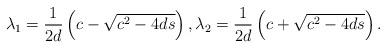
LaTeX: \begin{align*} \lambda_1=\frac{1}{2d}\left(c-\sqrt{c^2-4ds}\right),\lambda_2=\frac{1}{2d}\left(c+\sqrt{c^2-4ds}\right).\end{align*}